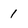
Character: 1